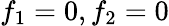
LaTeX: f_{1}=0,f_{2}=0